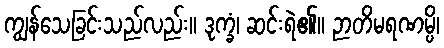
ကျွန်သေခြင်းသည်လည်း။ ဒုက္ခံ၊ ဆင်းရဲ၏။ ဉာတိမရဏမ္ပိ၊